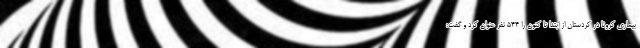
بیماری کرونا در کردستان از ابتدا تا کنون را ۵۴۴ نفر عنوان کرد و گفت: